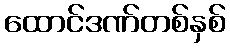
ထောင်ဒဏ်တစ်နှစ်